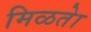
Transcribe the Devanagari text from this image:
मिळतेा